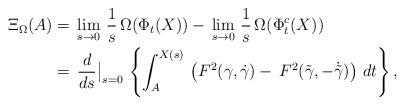
LaTeX: \begin{align*} \Xi_\Omega(A) & =\,\lim_{s\to 0}\,\frac{1}{s}\,\Omega(\Phi_t(X))-\,\lim_{s\to 0}\,\frac{1}{s}\,\Omega(\Phi^c_t(X)) \\ & = \,\frac{d}{ds}\big|_{s=0}\,\left\{ \int^{X(s)}_A\,\left(F^2(\gamma,\dot{\gamma})-\, F^2(\tilde{\gamma},-\dot{\tilde{\gamma}})\right)\,dt\right\}, \end{align*}